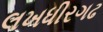
લખધીરગઢ